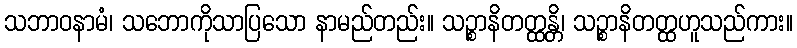
သဘာဝနာမံ၊ သဘောကိုသာပြသော နာမည်တည်း။ သဉ္စာနိတတ္ထန္တိ၊ သဉ္စာနိတတ္ထဟူသည်ကား။